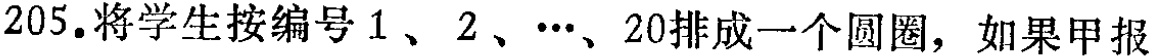
205.将学生按编号\(1\)、\(2\)、\(\cdots\)、\(20\)排成一个圆圈，如果甲报